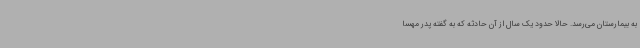
به بیمارستان می‌رسد. حالا حدود یک سال از آن حادثه که به گفته پدر مهسا